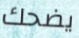
يضحك